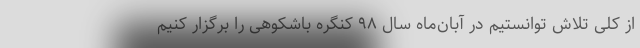
از کلی تلاش توانستیم در آبان‌ماه سال ۹۸ کنگره باشکوهی را برگزار کنیم